Statistics compiled by the Government of India from the reports of provincial Civil Veterinary Departments
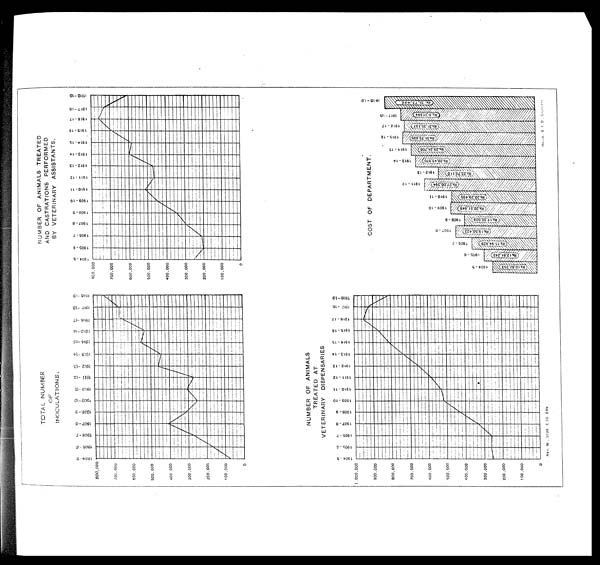
TOTAL NUMBER
OF
INOCULATIONS.
NUMBER OF ANIMALS TREATED
AND CASTRATIONS PERFORMED
BY VETERINARY ASSISTANTS.
NUMBER OF ANIMALS
TREATED AT
VETERINARY
DISPENSARIES
COST OF DEPARTMENT